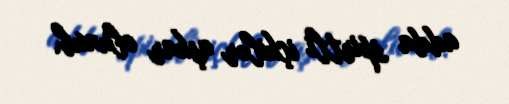
adda spirtli içkilər aşkar olunub.